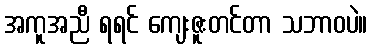
အကူအညီ ရရင် ကျေးဇူးတင်တာ သဘာဝပဲ။